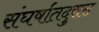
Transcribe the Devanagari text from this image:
संघर्षातदुसरा